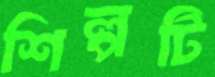
শিল্পটি